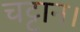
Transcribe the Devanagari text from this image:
चट्टान।